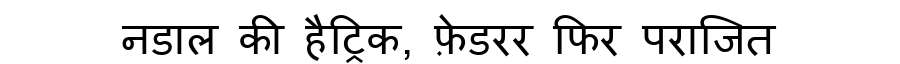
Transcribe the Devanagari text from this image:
नडाल की हैट्रिक, फ़ेडरर फिर पराजित